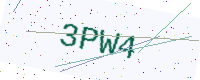
Text: 3PW4